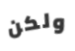
ولكن